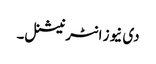
دی نیوز انٹرنیشنل۔